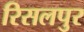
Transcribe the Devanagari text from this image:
रिसलपुर